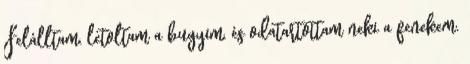
Felálltam, letoltam a bugyim, és odatartottam neki a fenekem.